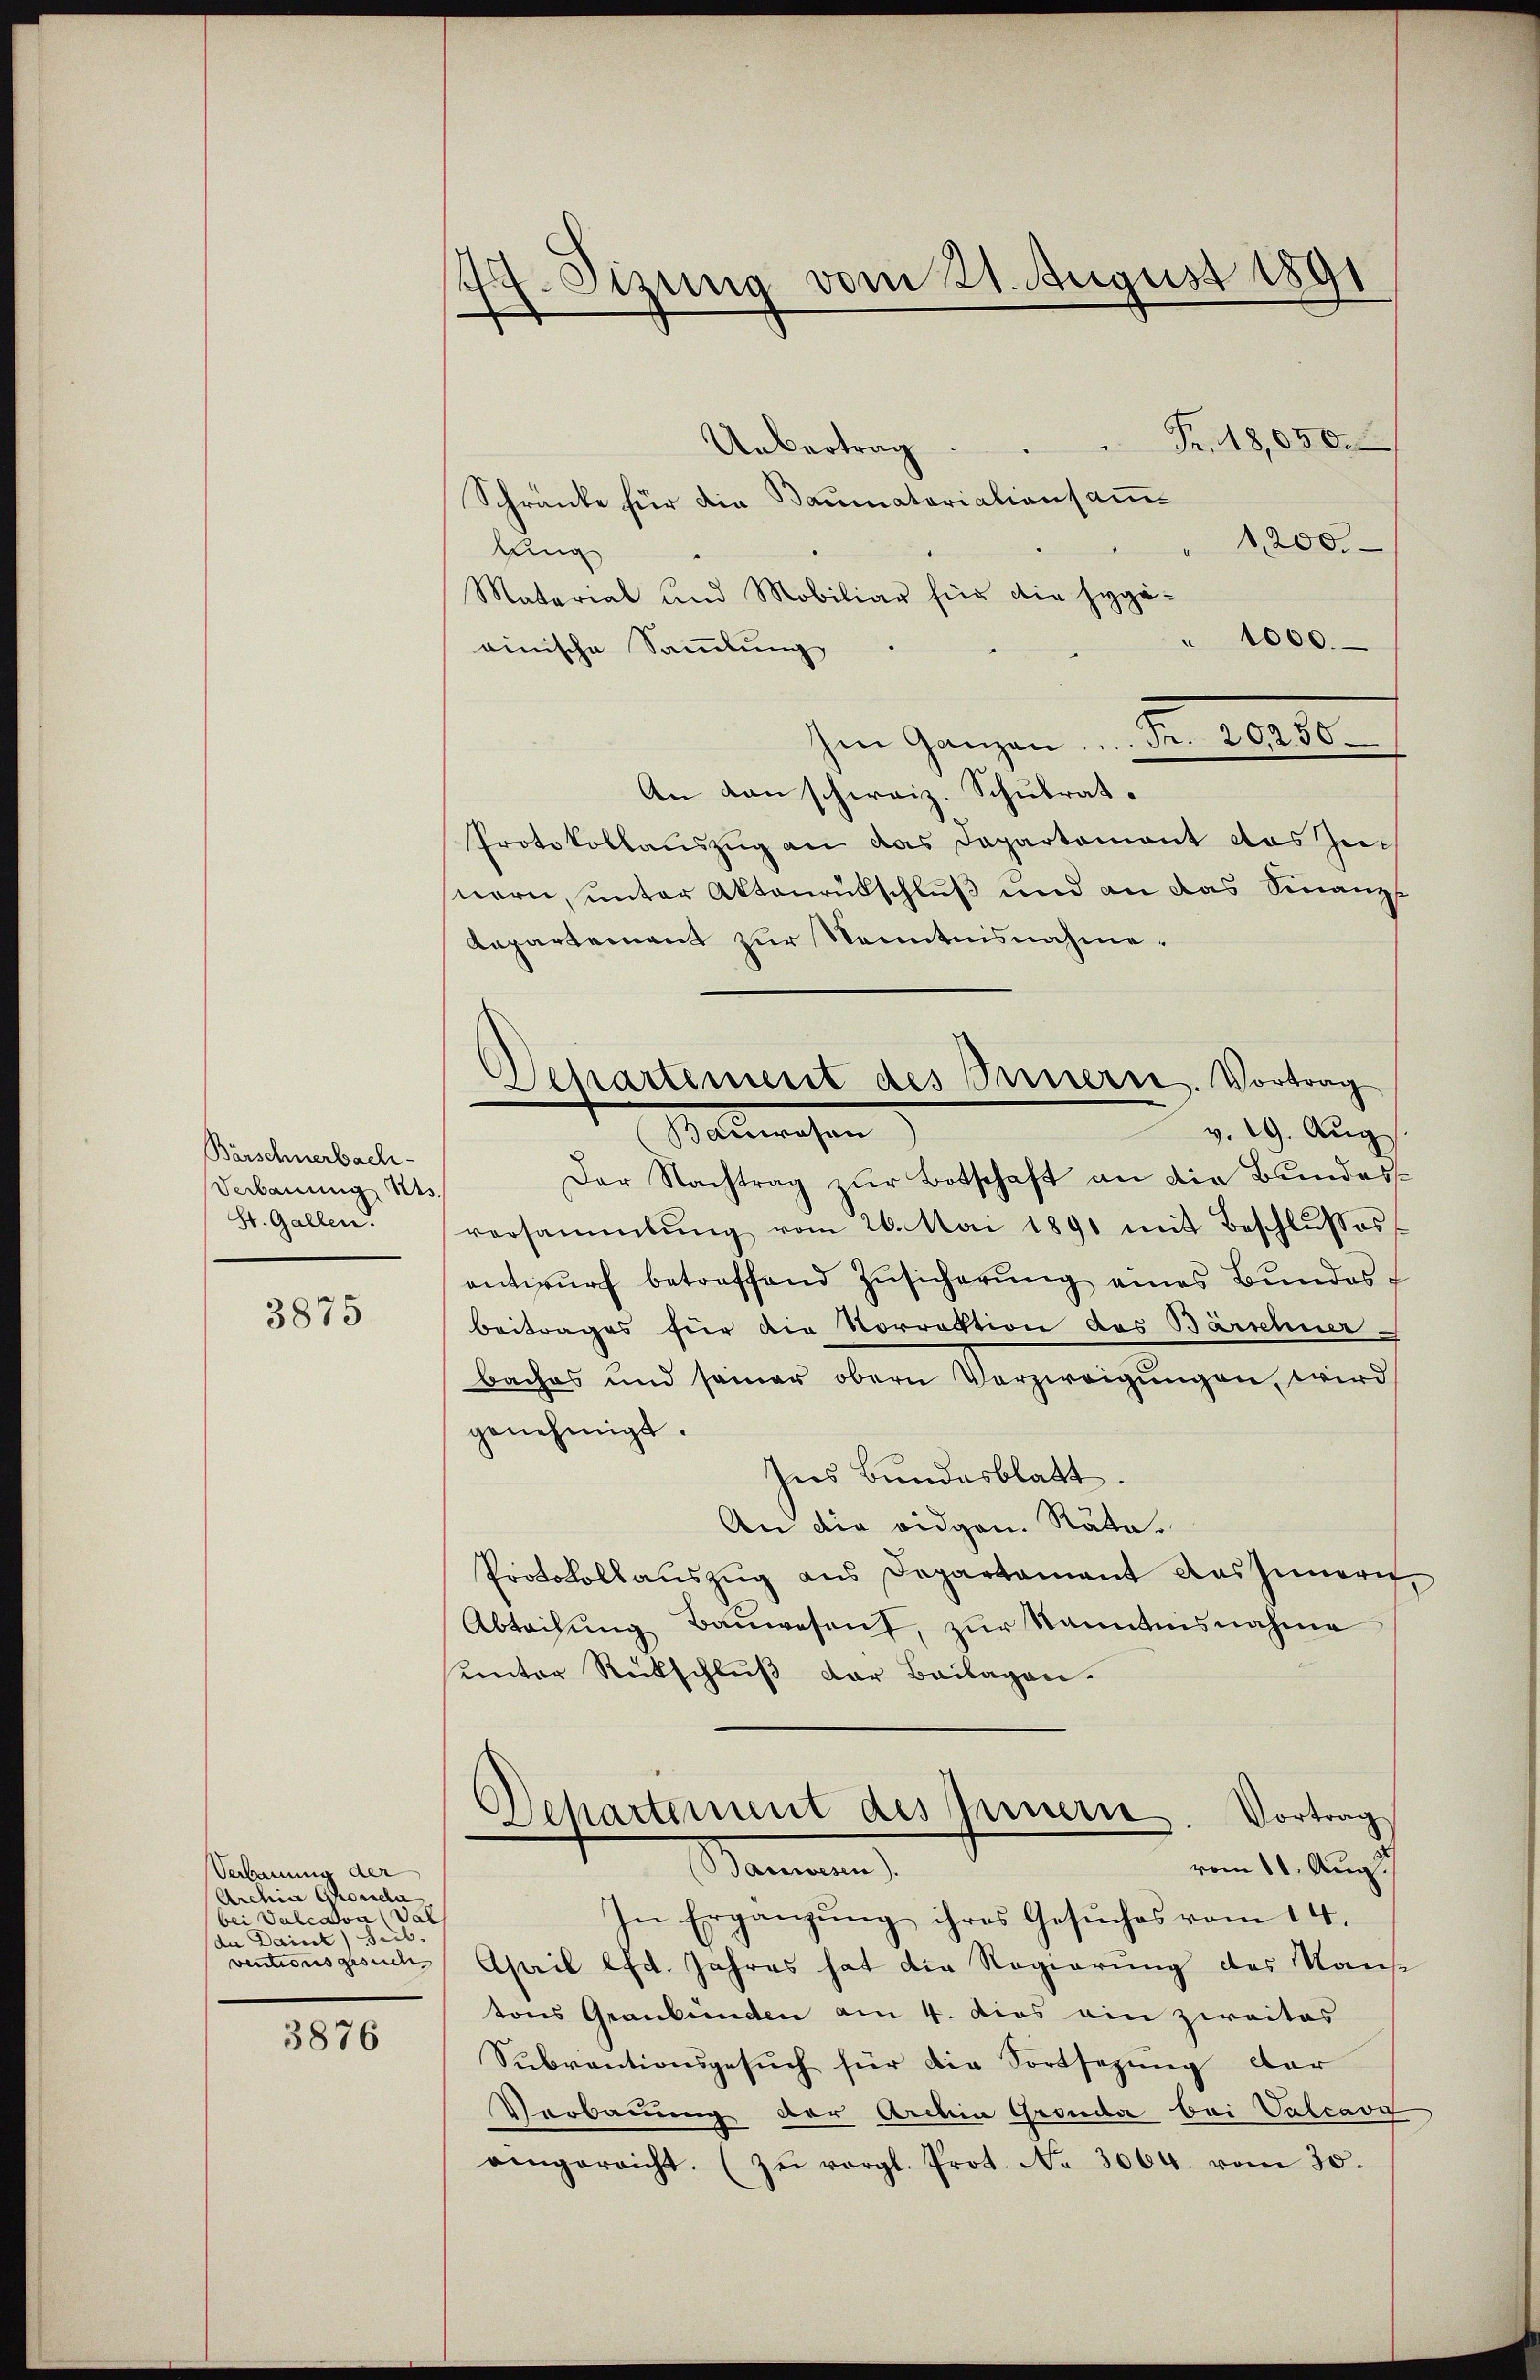
Barschnerbach-
Verbauung Kts.
St. Gallen.

3875

Verbauung der
Archia Ghonen
s er seiner einen al
den Deine Fris

3876

47. Sizung vom 21. August 1891

Fr. 18,050.
Uebertrag
Schränke für die Baumatorialionsam¬
1,200.
lung
Material und Mobiliar für die Hygä¬
" 1000.
ainische Sammlung
hen Ganzen u. Fr. 10280.
An dan schweiz. Schulrat.
Protokollauszug an das Departement das Zu
nern, unter Aktenrütschluß und an das Finanz
Kapartement zur Kenntnisnahme.
v. 29. Aug.
Der Nachtrag zur Botschaft an die Bundesversammlung vom 26. Mai 1891 mit Beschlusses
antwŭrf betreffend Zŭsicherŭng eines Bŭndes-
Beitrages für die Vorrektion des Barschner
baches und seiner obern Verzweigŭngen, wird
genehmigt.
Ins Bundesblatt.
An die eidgen. Räte.
Protokollauszug aus Departement das Innern
Abteilŭng Baŭwesent, zur Kenntnisnahme
unter Rückschluß der Beilagen.
Departement des Innern. Vortrag
vom 10. Aug.
Stammen
In Ergänzung ihres Gesuches vom 14.
ventionsgesuch April lfdt. Jahres hat die Regierung des Kaus
tons Graubünden am 4. dies ein zweites
Subventionsgesuch für die Fortsezung der
Verbauung der Archia Gronda bei Valcavy
aengereicht. (zŭ vergl. Prot. No 3064. vom 30.

Departement des Innern. Vortrag
Walwesen